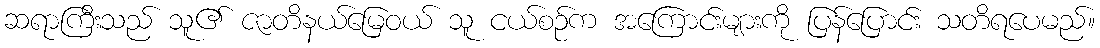
ဆရာကြီးသည် သူ၏ ဇာတိနယ်မြေဝယ် သူ ငယ်စဉ်က အကြောင်းများကို ပြန်ပြောင်း သတိရပေမည်။